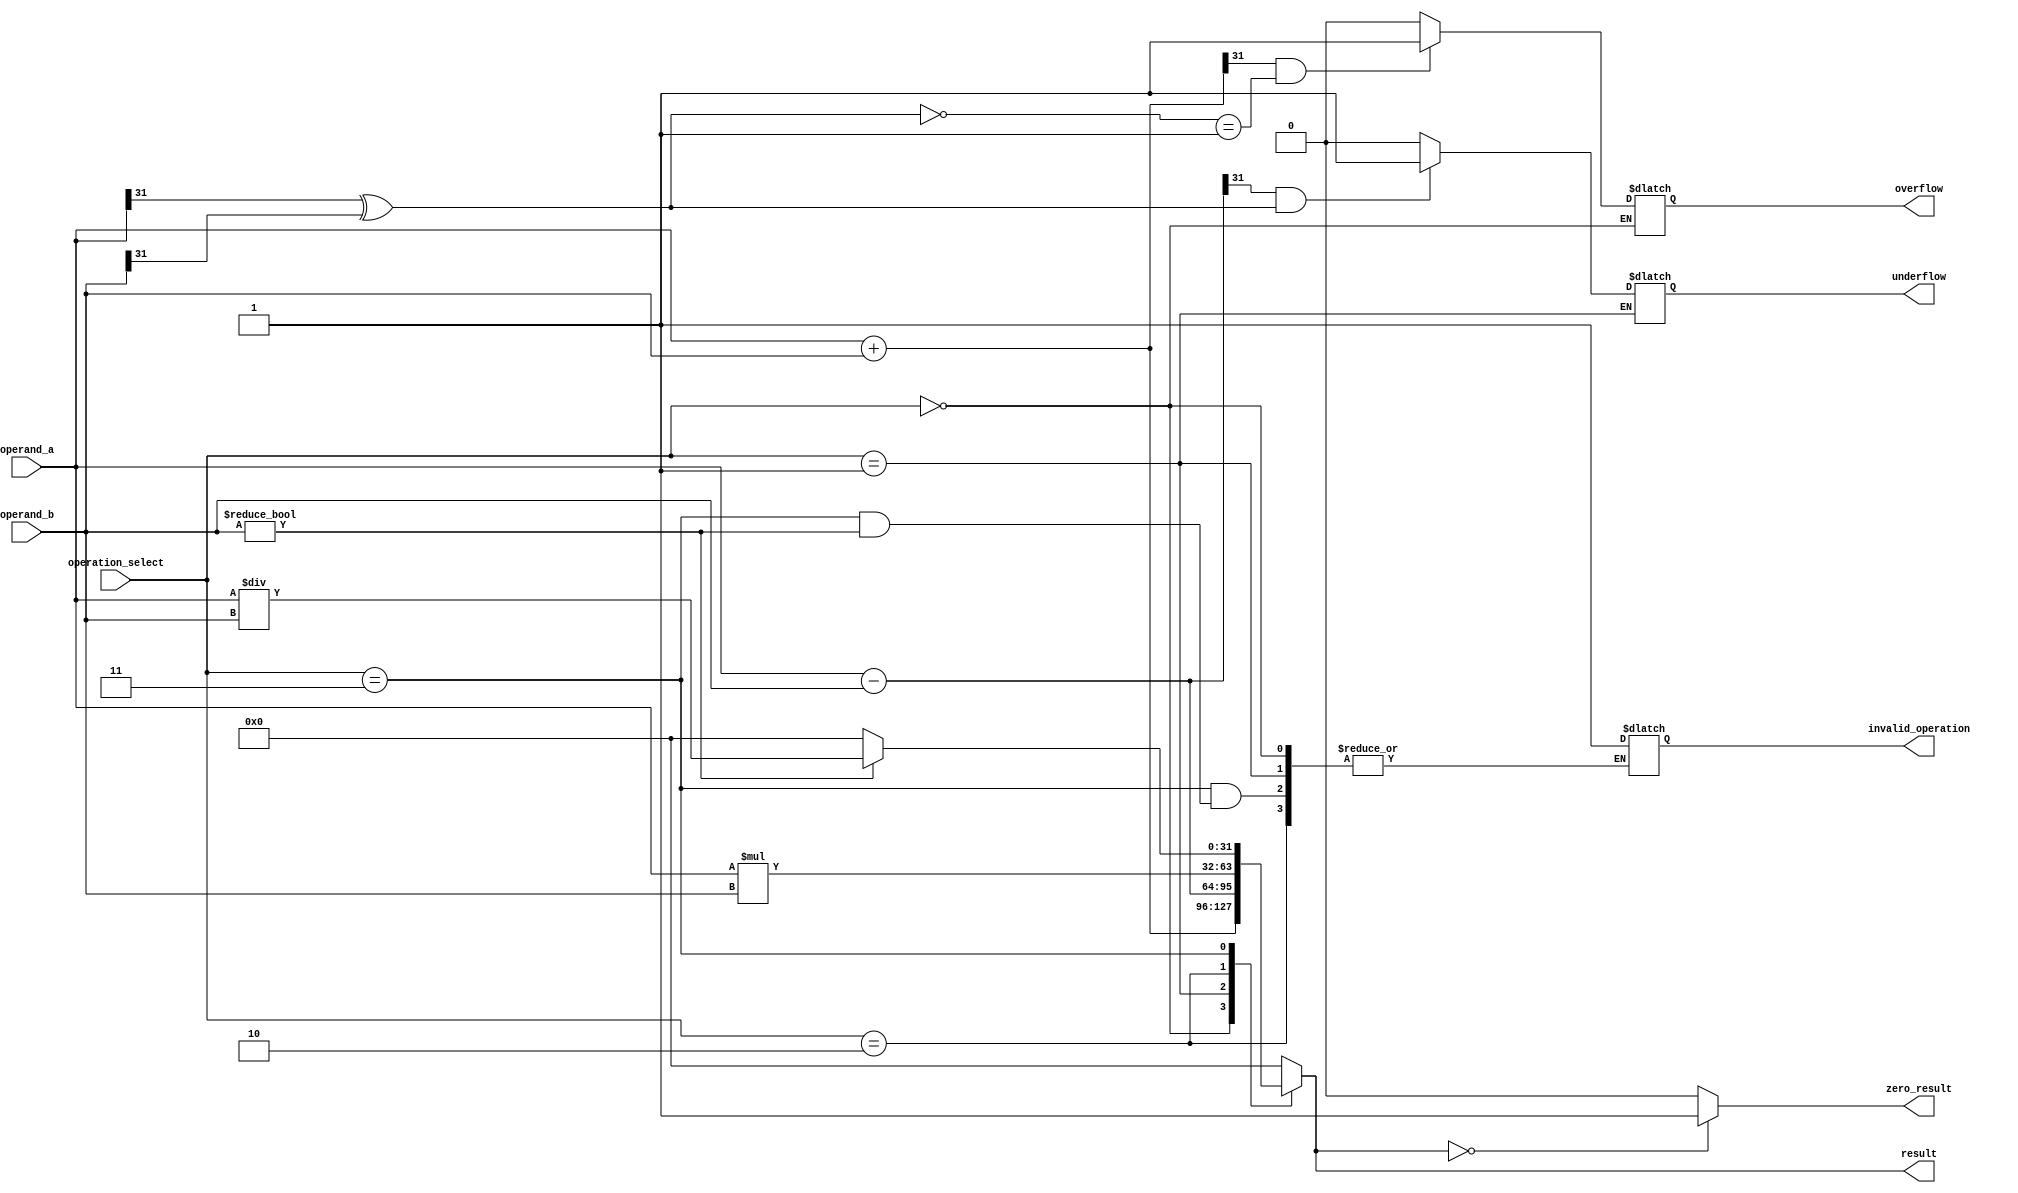
module single_precision_fpu(
    input [31:0] operand_a,
    input [31:0] operand_b,
    input [2:0] operation_select,
    output reg [31:0] result,
    output reg overflow,
    output reg underflow,
    output reg invalid_operation,
    output reg zero_result
);

// Arithmetic operations
always @(*)
begin
    case(operation_select)
        3'b000: begin // Addition
            result = operand_a + operand_b;
            // Check for overflow
            if(result[31] == 1 && ~(operand_a[31] ^ operand_b[31]) == 1)
                overflow = 1;
            else
                overflow = 0;
        end
        3'b001: begin // Subtraction
            result = operand_a - operand_b;
            // Check for underflow
            if(result[31] == 1 && operand_a[31] ^ operand_b[31] == 1)
                underflow = 1;
            else
                underflow = 0;
        end
        3'b010: begin // Multiplication
            result = operand_a * operand_b;
        end
        3'b011: begin // Division
            if(operand_b != 32'h00000000)
                result = operand_a / operand_b;
            else begin
                invalid_operation = 1;
                result = 32'h00000000;
            end
        end
        default: begin // Invalid operation
            invalid_operation = 1;
            result = 32'h00000000;
        end
    endcase
end

// Check for zero result
always @(result)
begin
    if(result == 32'h00000000)
        zero_result = 1;
    else
        zero_result = 0;
end

endmodule